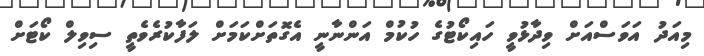
މިއަދު އަވަސްއަށް ވިދާޅުވީ ހައިކޯޓުގެ ހުކުމް އަންނާނީ އެގޮތަށްކަމަށް ލަފާކުރެވެތީ ސިވިލް ކޯޓަށް